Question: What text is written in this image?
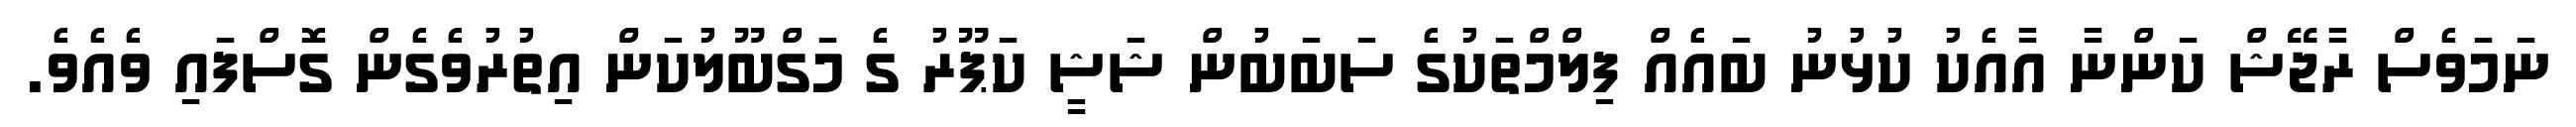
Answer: ނަމަވެސް ރާޖޭޝް ކަންނާ އާއެކު ކުޅުނު ބައެއް ފިލްމްތަކުގެ ސަބަބުން ޝަޝީ ކަޕޫރު ގެ މަގްބޫލުކަން އިތުރުވެގެން ގޮސްފައި ވެއެވެ.